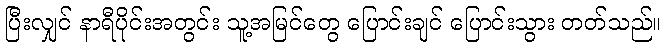
ပြီးလျှင် နာရီပိုင်းအတွင်း သူ့အမြင်တွေ ပြောင်းချင် ပြောင်းသွား တတ်သည်။